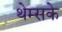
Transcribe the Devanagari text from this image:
थेम्सके